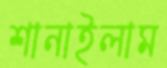
শানাইলাম